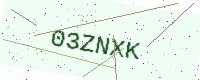
Text: 03ZNXK